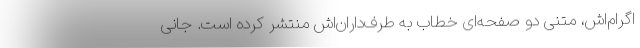
اگرام‌اش، متنی دو صفحه‌ای خطاب به طرف‌داران‌اش منتشر کرده است. جانی